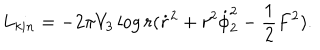
L _ { k i n } = - 2 \pi V _ { 3 } \log r ( { \dot { r } } ^ { 2 } + r ^ { 2 } \dot { \phi } _ { 2 } ^ { 2 } - { \frac { 1 } { 2 } } F ^ { 2 } ) .